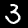
Digit: 3